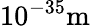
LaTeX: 10^{-35}\mathrm{m}